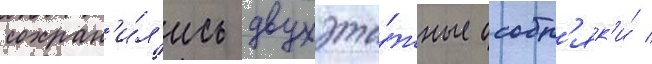
сохран'и́л'ись двухэта́жные особн'як'и́ /